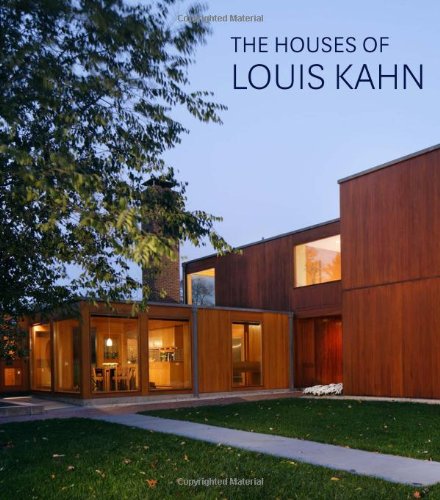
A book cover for The Houses of Louis Kahn; George H. Marcus; Arts & Photography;